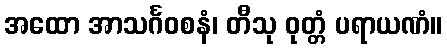
အထော အာသင်္ဂဝစနံ၊ တီသု ဝုတ္တံ ပရာယဏံ။